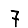
Digit: 7